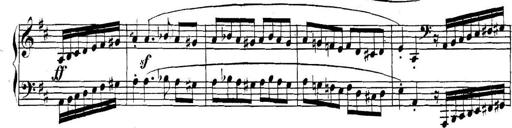
Title: Collected Piano Sonatas
Composer: Muzio Clementi